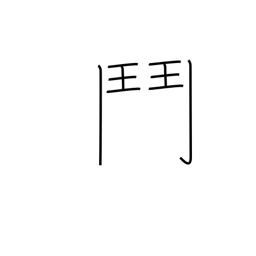
Meaning: broken gate radical (no. 191)